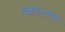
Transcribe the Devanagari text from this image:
मिलिटरीचे